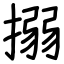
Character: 搦